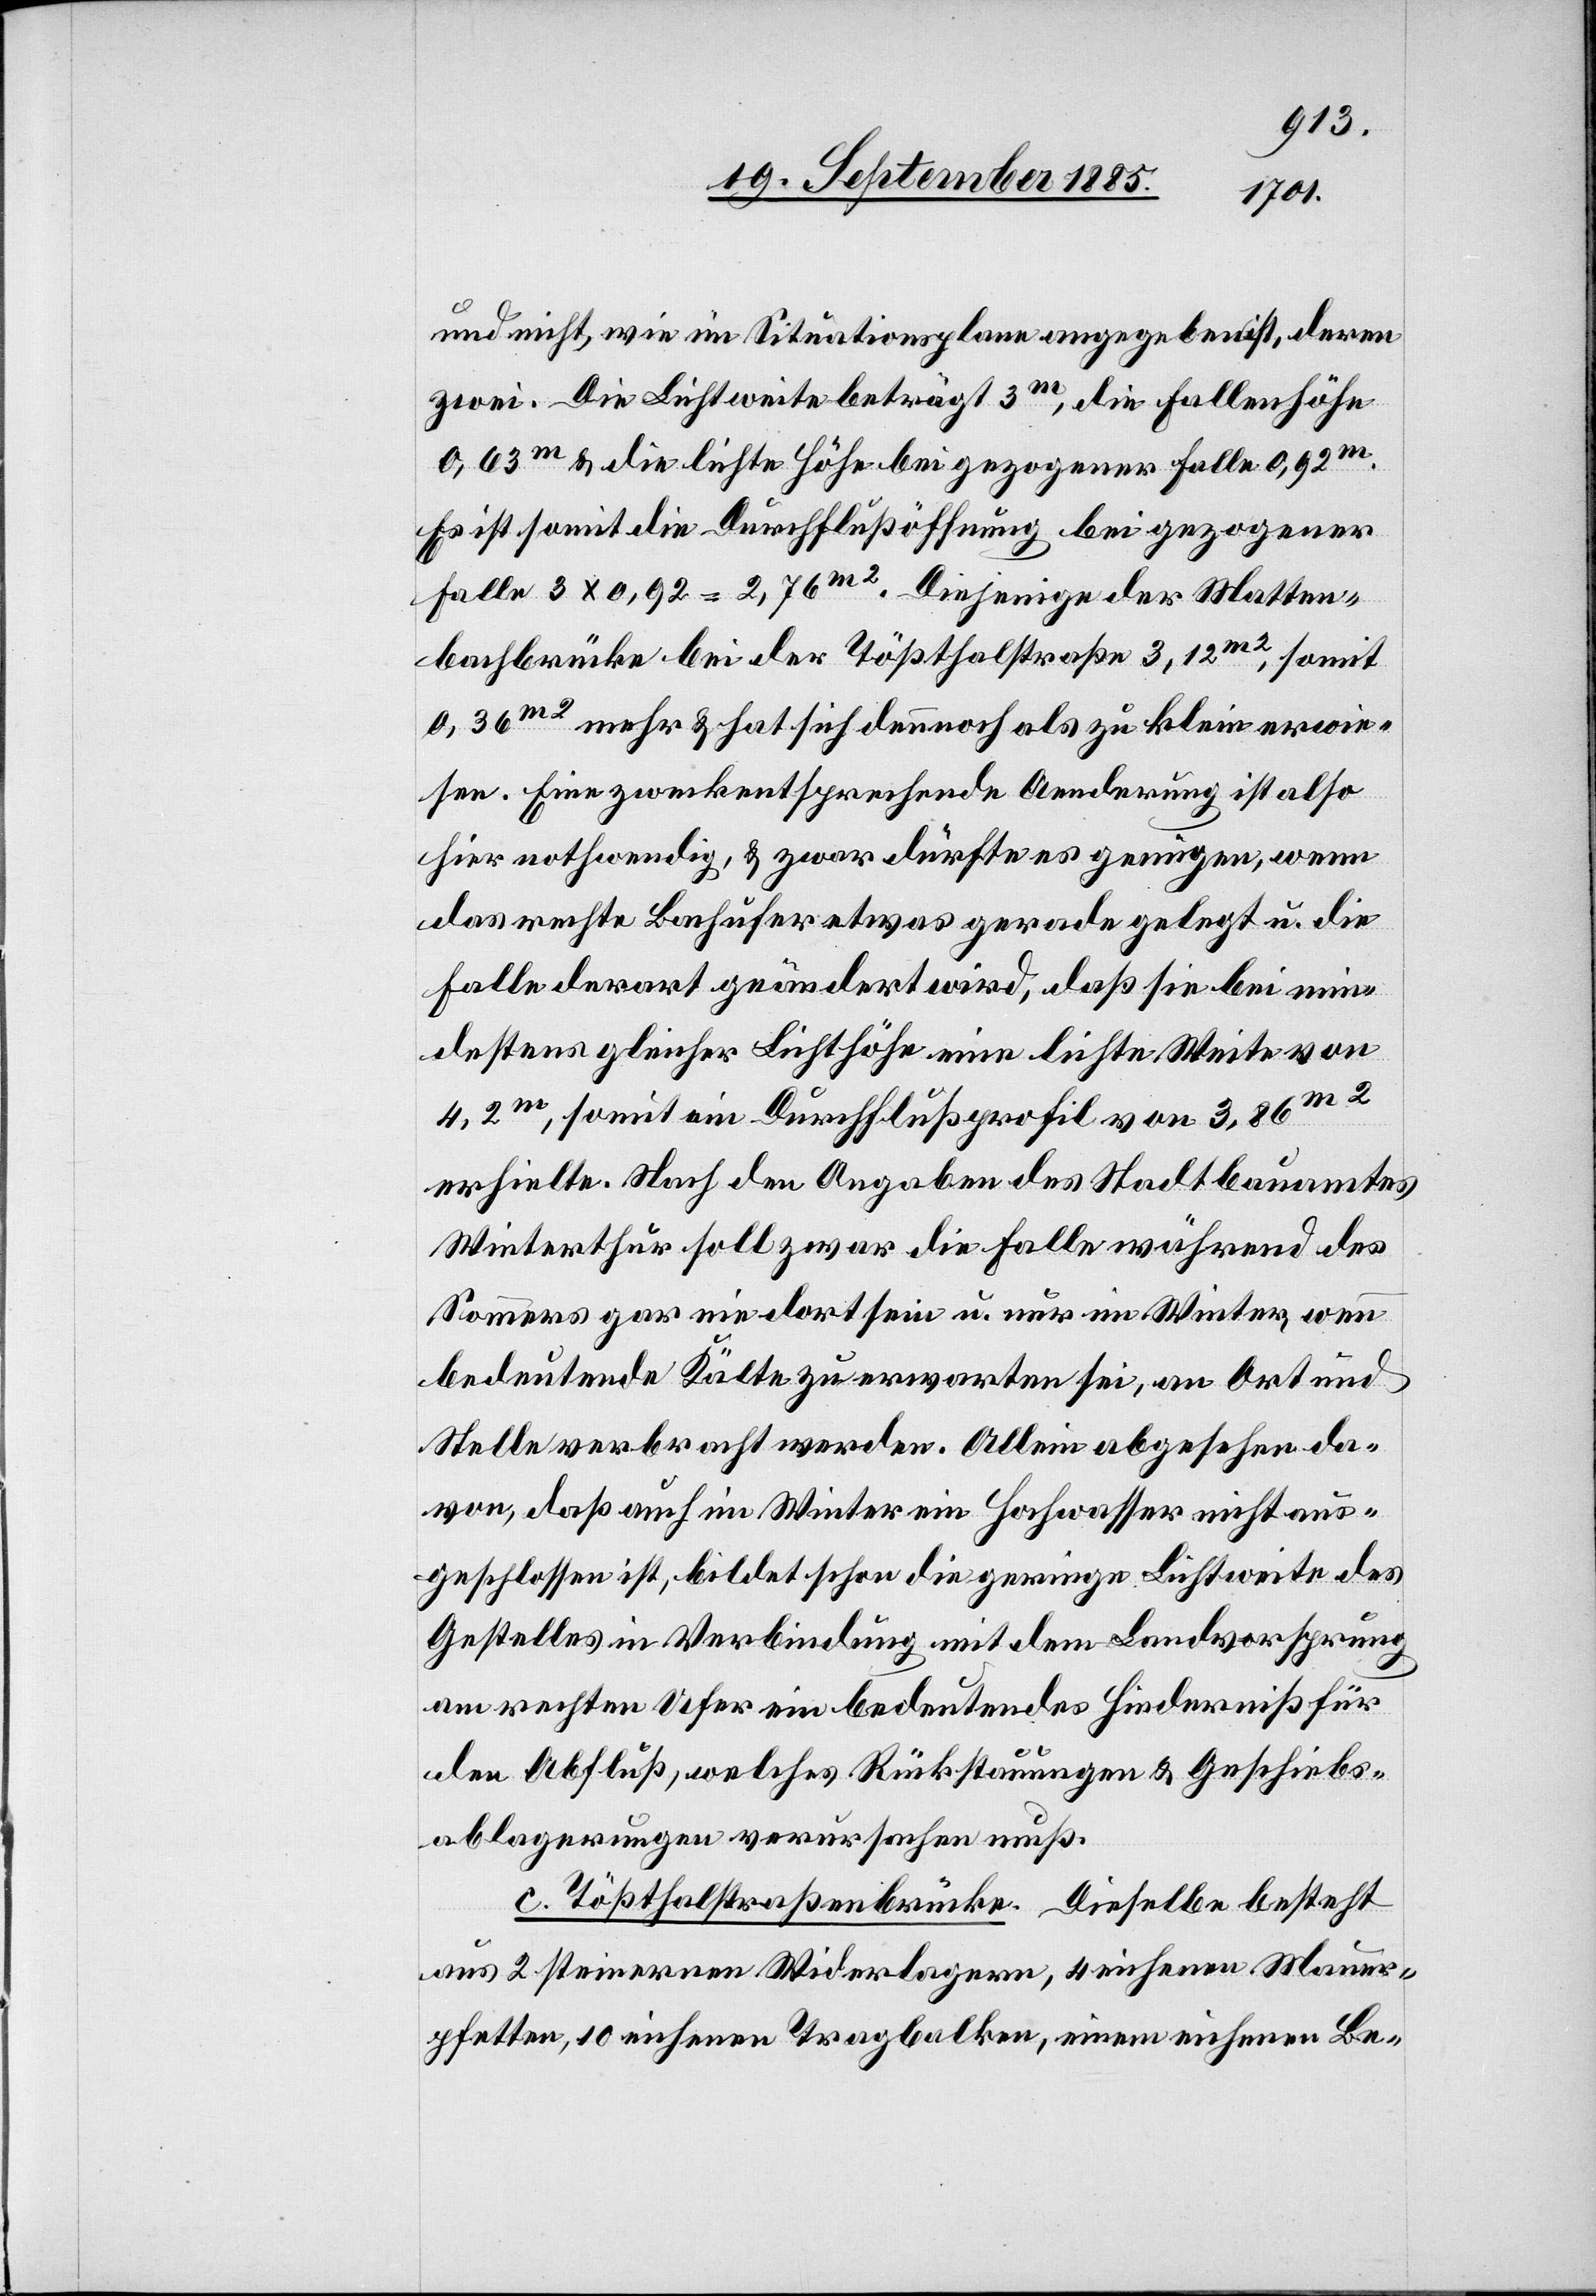
und nicht, wie im Situationsplane angegeben ist, deren
zwei. Die Lichtweite beträgt 3m, die Fallenhöhe
0,63m & die lichte Höhe bei gezogener Falle 0,92m.
Es ist somit die Durchflußöffnung bei gezogener
Falle 3 x 0,92 = 2,76m2. Diejenige der Matten¬
bachbrücke bei der Tößthalstraße 3,12m2, somit
0,36m2 mehr & hat sich dennoch als zu klein erwie¬
sen. Eine zweckentsprechende Aenderung ist also
hier nothwendig, & zwar dürfte es genügen, wenn
das rechte Bachufer etwas gerade gelegt u. die
Falle derart geändert wird, daß sie bei min¬
destens gleicher Lichthöhe eine lichte Weite von
4,2m, somit ein Durchflußprofil von 3,86m2
erhielte. Nach den Angaben des Stadtbauamtes
Winterthur soll zwar die Falle während des
Sommers gar nie dort sein u. nur im Winter, wenn
bedeutende Kälte zu erwarten sei, an Ort und
Stelle verbracht werden. Allein abgesehen da¬
von, daß auch im Winter ein Hochwasser nicht aus¬
geschlossen ist, bildet schon die geringe Lichtweite des
Gestelles in Verbindung mit dem Landvorsprung
am rechten Ufer ein bedeutendes Hinderniß für
den Abfluß, welches Rückstauungen & Geschiebs¬
ablagerungen verursachen muß.
c. Tößthalstraßenbrücke. Dieselbe besteht
aus 2 steinernen Widerlagern, 4 eichenen Mauer¬
pfetten, 10 eichenen Tragbalken, einem eichenen Be-